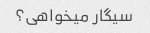
سیگار میخواهی؟